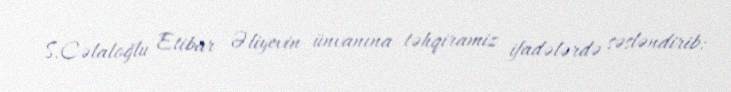
S.Cəlaloğlu Etibar Əliyevin ünvanına təhqiramiz ifadələrdə səsləndirib: